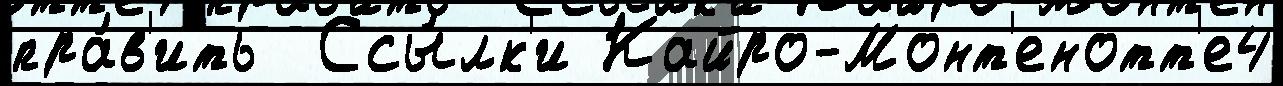
пра́в'ить  Ссы́лк'и Кайро-Монт'енотт'е4